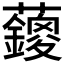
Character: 𱿄